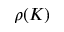
\rho ( K )